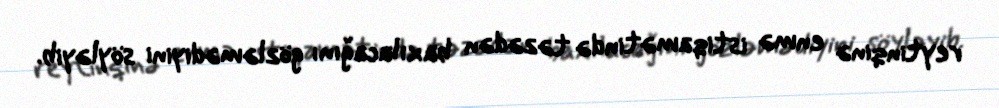
reytinqinə enmə istiqamətində təzədən baxılacağını gözləmədiyini söyləyib.